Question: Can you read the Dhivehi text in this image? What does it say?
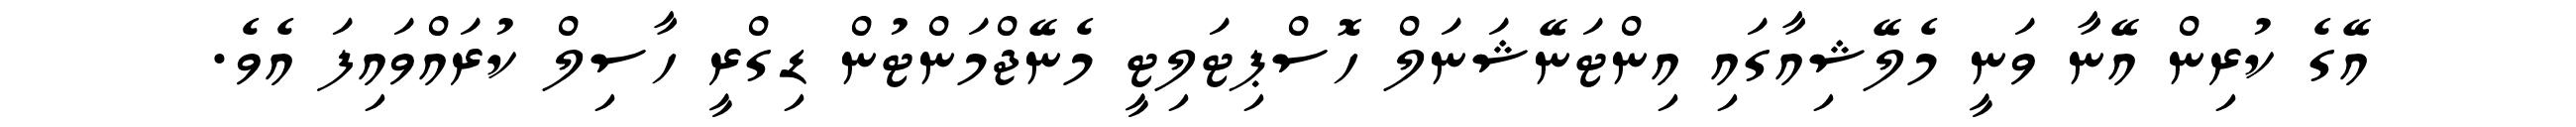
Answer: އޭގެ ކުރިން އޭނާ ވަނީ މެލޭޝިއާގައި އިންޓަނޭޝަނަލް ހޮސްޕިޓަލިޓީ މެނޭޖްމަންޓުން ޑިގްރީ ހާސިލް ކުރައްވައިފަ އެވެ.